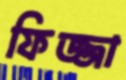
ফিজ্জা